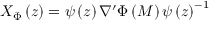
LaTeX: X _ { \Phi } \left( z \right) = \psi \left( z \right) \nabla ^ { \prime } \Phi \left( M \right) \psi \left( z \right) ^ { - 1 }